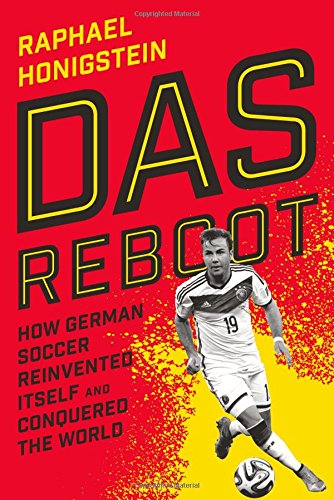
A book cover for Das Reboot: How German Soccer Reinvented Itself and Conquered the World; Raphael Honigstein; Sports & Outdoors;